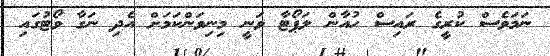
ނަމަވެސް ކުރީގެ ރައިސް ހުއާން ލަޕޯޓާ ވަނީ މިނިވަންކަމަށް އެދި ނަގާ ވޯޓުގައި